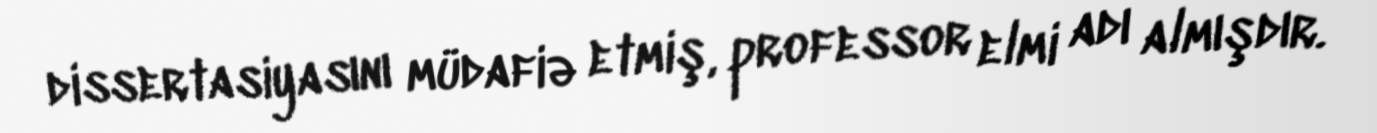
dissertasiyasını müdafiə etmiş, professor elmi adı almışdır.